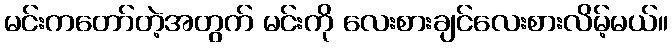
မင်းကတော်တဲ့အတွက် မင်းကို လေးစားချင်လေးစားလိမ့်မယ်။